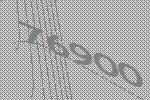
76900